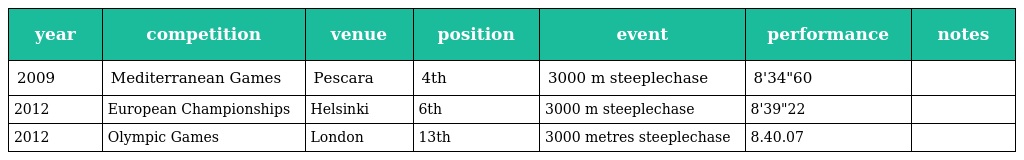
| year | competition | venue | position | event | performance | notes |
 | --- | --- | --- | --- | --- | --- | --- |
 | 2009 | Mediterranean Games | Pescara | 4th | 3000 m steeplechase | 8'34"60 |  |
 | 2012 | European Championships | Helsinki | 6th | 3000 m steeplechase | 8'39"22 |  |
 | 2012 | Olympic Games | London | 13th | 3000 metres steeplechase | 8.40.07 |  |